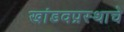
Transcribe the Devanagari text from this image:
खांडवप्रस्थाचे